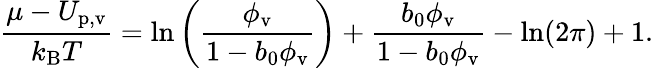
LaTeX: \frac{\mu-U_{\mathrm{p,v}}}{k_{\mathrm{B}}T}=\ln\bigg(\frac{\phi_{\mathrm{v}}}{1-b_{0}\phi_{\mathrm{v}}}\bigg)+\frac{b_{0}\phi_{\mathrm{v}}}{1-b_{0}\phi_{\mathrm{v}}}-\ln(2\pi)+1.